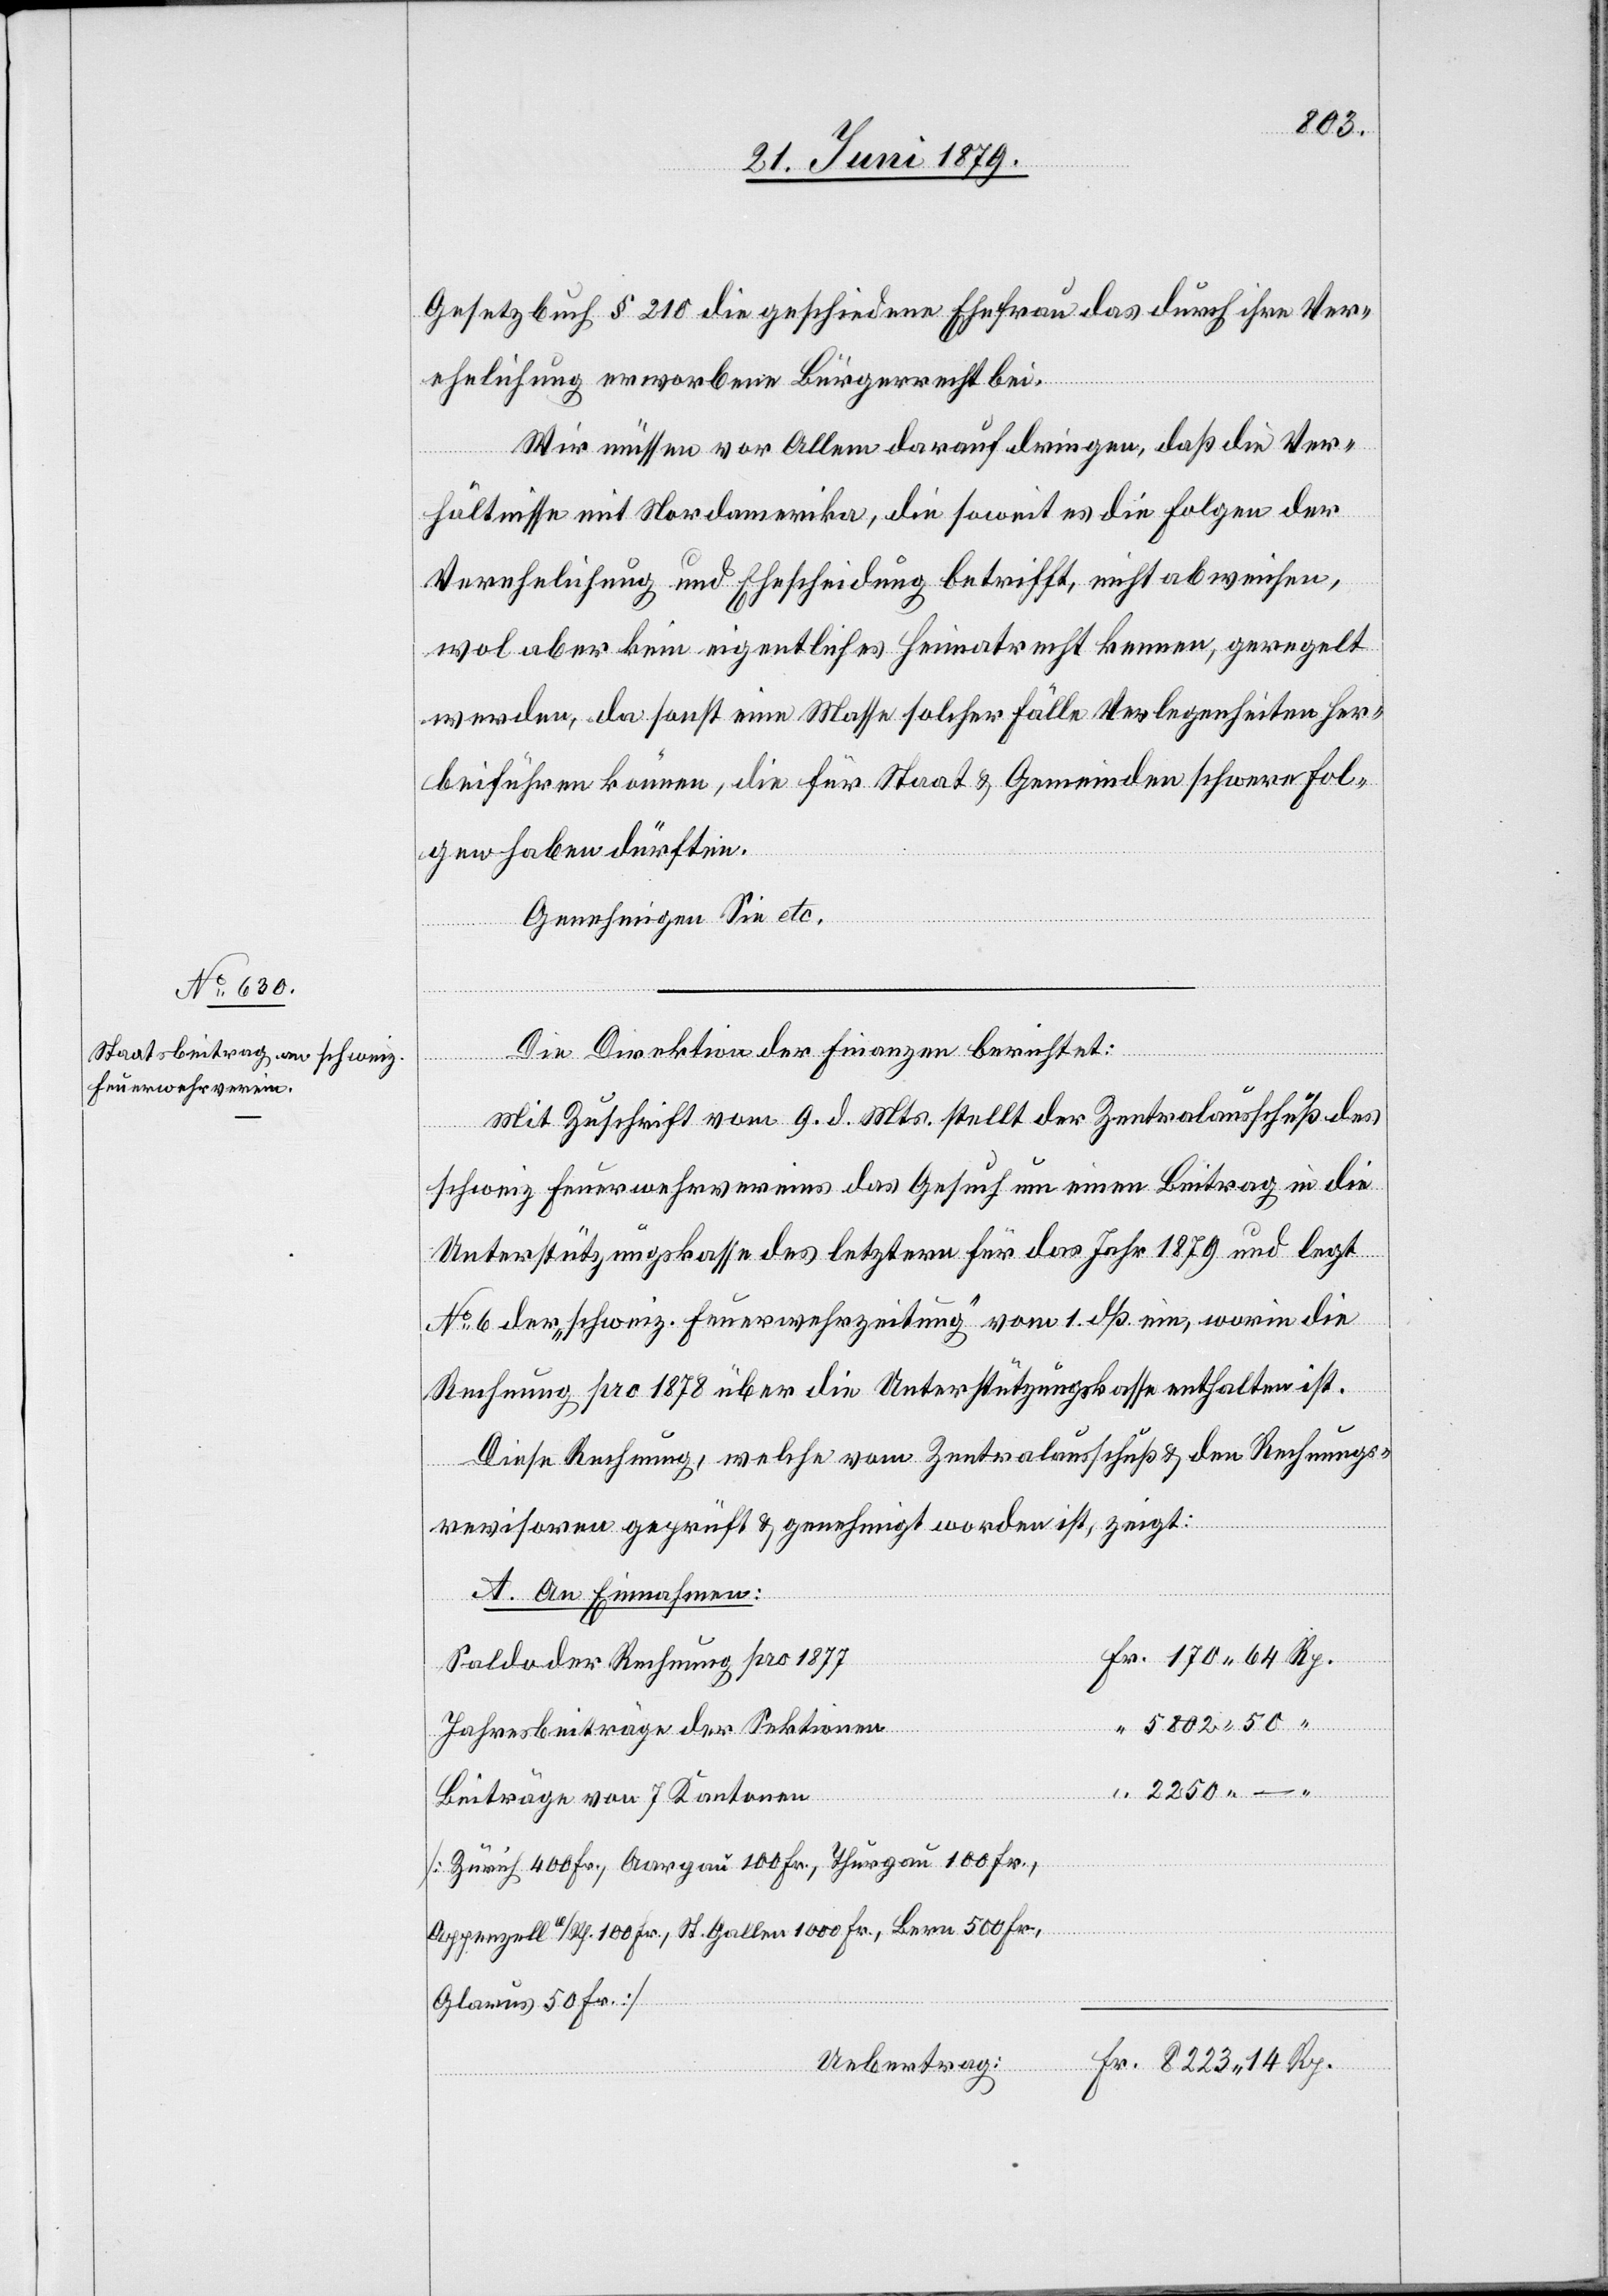
5802 50
Gesetzbuch § 210 die geschiedene Ehefrau das durch ihre Ver¬
ehelichung erworbene Bürgerrecht bei.
Wir müssen vor Allem darauf dringen, daß die Ver¬
hältnisse mit Nordamerika, die soweit es die Folgen der
Verehelichung und Ehescheidung betrifft, nicht abweichen,
wol aber kein eigentliches Heimatrecht kennen, geregelt
werden, da sonst eine Masse solcher Fälle Verlegenheiten her¬
beiführen können, die für Staat & Gemeinden schwere Fol¬
gen haben dürften.
Genehmigen Sie etc.
Die Direktion der Finanzen berichtet:
Mit Zuschrift vom 9. d. Mts. stellt der Zentralausschuß des
schweiz. Feuerwehrvereins das Gesuch um einen Beitrag in die
Unterstützungskasse des letztern für das Jahr 1879 und legt
No 6 der „schweiz. Feuerwehrzeitung“ vom 1. dß. ein, worin die
Rechnung pro 1878 über die Unterstützungskasse enthalten ist.
Diese Rechnung, welche vom Zentralausschuß & den Rechnungs¬
revisoren geprüft & genehmigt worden ist, zeigt:
A. An Einnahmen:
Saldo der Rechnung pro 1877
Jahresbeiträge der Sektionen
Rp.
Beiträge von 7 Kantonen
[Zürich 400 Fr., Aargau 100 Fr., Thurgau 100 Fr.,
Appenzell a/Rh. 100 Fr., St. Gallen 1000 Fr., Bern 500 Fr.,
Glarus 50 Fr.]